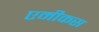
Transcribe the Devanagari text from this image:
एमीकस